Statistics compiled by the Government of India from the reports of provincial Civil Veterinary Departments
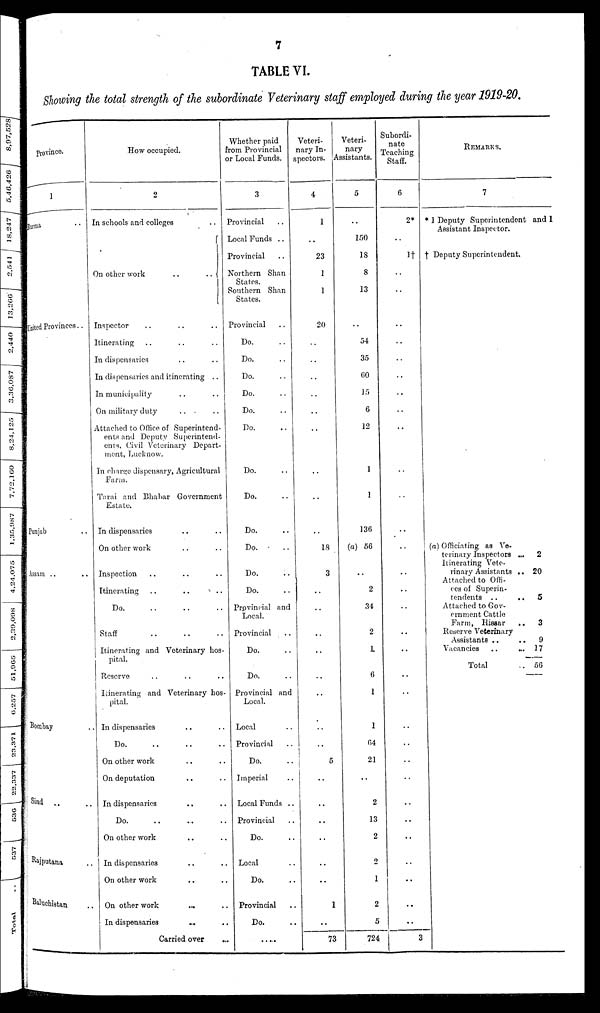
7
TABLE VI.
Showing the total strength of the subordinate Veterinary staff employed during the year 1919-20.
Province.
1
Burma ..
United Provinces ..
Punjab ..
Assam .. ..
Bombay ..
Sind
.. ..
Rajputana ..
Baluchistan ..
How occupied.
2
In schools and colleges ..
On other work
..
..
Inspector .. .. ..
Itinerating .. .. ..
In dispensaries .. ..
In dispensaries and itinerating ..
In municipality .. ..
On military duty .. ..
Attached to Office of Superintend-
ents and Deputy Superintend-
ents, Civil Veterinary Depart-
ment, Lucknow.
In charge dispensary, Agricultural
Farm.
Tarai and Bhabar Government
Estate.
In dispensaries .. ..
On other work .. ..
Inspection .. .. ..
Itinerating .. .. ..
Do. .. .. ..
Staff .. .. ..
Itinerating and Veterinary hos-
pital.
Reserve .. .. ..
Itinerating and Veterinary hos-
pital.
In dispensaries .. ..
Do. .. .. ..
On other work .. ..
On deputation .. ..
In dispensaries .. ..
Do
..
..
..
On other work .. ..
In dispensaries .. ..
On other work .. ..
On other work .. ..
In dispensaries .. ..
Carried over ..
Whether paid
from Provincial
or Local Funds.
3
Provincial ..
Local Funds ..
Provincial ..
Northern Shan
States.
Southern Shan
States.
Provincial ..
Do. ..
Do. ..
Do. ..
Do. ..
Do. ..
Do. ..
Do. ..
Do. ..
Do. ..
Do. ..
Do. ..
Do. ..
Provincial and
Local.
Provincial ..
Do. ..
Do. ..
Provincial and
Local.
Local ..
Provincial ..
Do. ..
Imperial ..
Local Funds ..
Provincial ..
Do. ..
Local ..
Do. ..
Provincial..
Do. ..
....
Veteri-
nary In-
spectors.
4
1
..
23
1
1
20
..
..
..
..
..
..
..
..
..
18
3
..
..
..
..
..
..
..
..
5
..
..
..
..
..
..
1
...
73
Veteri-
nary
Assistants.
5
..
150
18
8
13
..
54
35
60
15
6
12
1
1
136
(a) 56
..
2
34
2
1
6
1
1
64
21
..
2
13
2
2
1
2
5
724
Subordi-
nate
Teaching
Staff.
6
2*
..
1†
..
..
..
..
..
..
..
..
..
..
..
..
..
..
..
..
..
..
..
..
..
..
..
..
..
..
..
..
..
..
3
REMARKS.
7
* 1 Deputy Superintendent and 1
Assistant Inspector.
†
Deputy Superintendent.
(a) Officiating as Ve-
terinary Inspectors ...
Itinerating Vete-
rinary Assistants ..
Attached to Offi-
ces of Superin-
tendents ..
..
Attached to Gov-
ernment Cattle
Farm, Hisaar
..
Reserve Veterinary
Assistants ...
..
Vacancies
..
...
Total
..
2
20
5
3
9
17
56